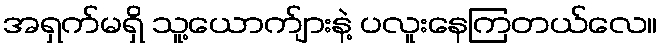
အရှက်မရှိ သူ့ယောက်ျားနဲ့ ပလူးနေကြတယ်လေ။